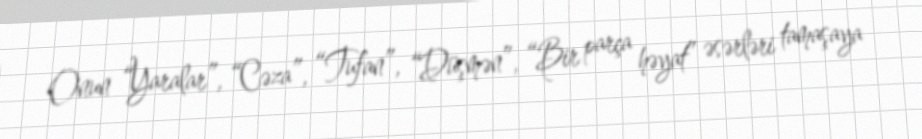
Onun “Yaralar”, “Cəza”, “Tufan”, “Düşmən”, “Bir parça həyat” əsərləri tamaşaya